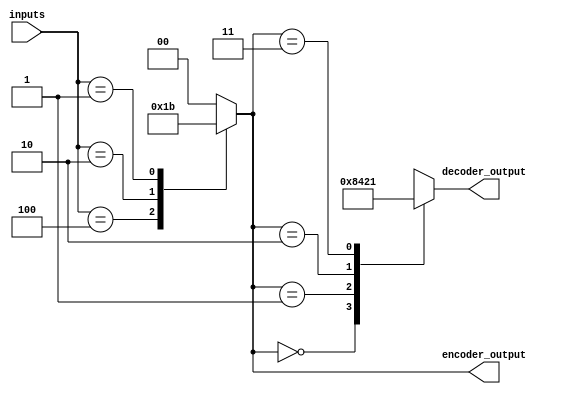
module priority_encoder_decoder (
    input [3:0] inputs,
    output reg [1:0] encoder_output,
    output reg [3:0] decoder_output
);

always @* begin
    // Priority Encoder
    case(inputs)
        4'b1000: encoder_output = 2'b00; // Highest priority input
        4'b0100: encoder_output = 2'b01;
        4'b0010: encoder_output = 2'b10;
        4'b0001: encoder_output = 2'b11;
        default: encoder_output = 2'b00; // Default case
    endcase

    // Priority Decoder
    case(encoder_output)
        2'b00: decoder_output = 4'b1000; // Highest priority output
        2'b01: decoder_output = 4'b0100;
        2'b10: decoder_output = 4'b0010;
        2'b11: decoder_output = 4'b0001;
        default: decoder_output = 4'b0000; // Default case
    endcase
end

endmodule